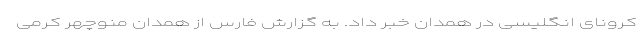
کرونای انگلیسی در همدان خبر داد. به گزارش فارس از همدان منوچهر کرمی